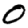
Digit: 0